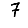
Digit: 7